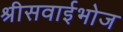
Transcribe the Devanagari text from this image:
श्रीसवाईभोज